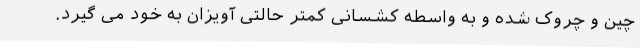
چین و چروک شده و به واسطه کشسانی کمتر حالتی آویزان به خود می گیرد.